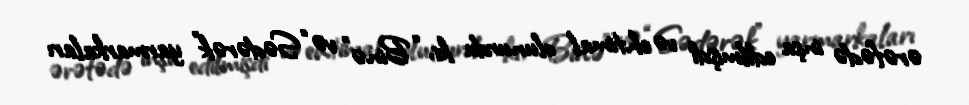
ərəfədə inşa edilmişdi və ehtimal olunurdu ki, “Binə” və “Sədərək” yarmarkaları